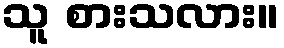
သူ စားသလား။